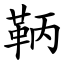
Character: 鞆